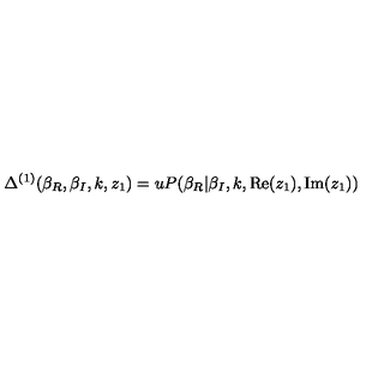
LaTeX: \Delta ^ { ( 1 ) } ( \beta _ { R } , \beta _ { I } , k , z _ { 1 } ) = u P ( \beta _ { R } | \beta _ { I } , k , \mathrm { R e } ( z _ { 1 } ) , \mathrm { I m } ( z _ { 1 } ) )